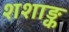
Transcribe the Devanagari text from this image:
शशाङ्क